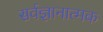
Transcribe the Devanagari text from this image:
सर्वज्ञानात्मक